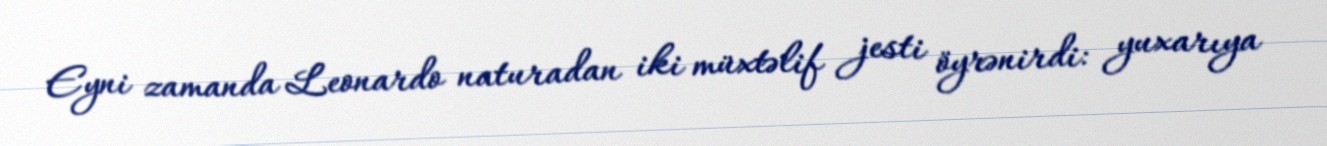
Eyni zamanda Leonardo naturadan iki müxtəlif jesti öyrənirdi: yuxarıya